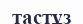
тастұз